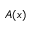
A ( x )